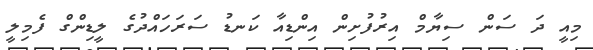
މިއީ ދަ ސަން ސިޔާމް އިރުފުށިން އިންޑިއާ ކަނޑު ސަރަހައްދުގެ ލީޑިންގް ފެމިލީ